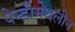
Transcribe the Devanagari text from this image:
पेन्‍डीमेथलीन